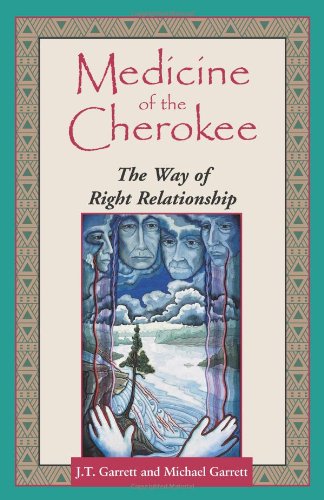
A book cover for Medicine of the Cherokee: The Way of Right Relationship (Folk wisdom series); J. T. Garrett; Religion & Spirituality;